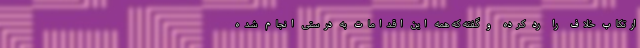
ارتکاب خلاف را رد کرده و گفته که همه این اقدامات به درستی انجام شده